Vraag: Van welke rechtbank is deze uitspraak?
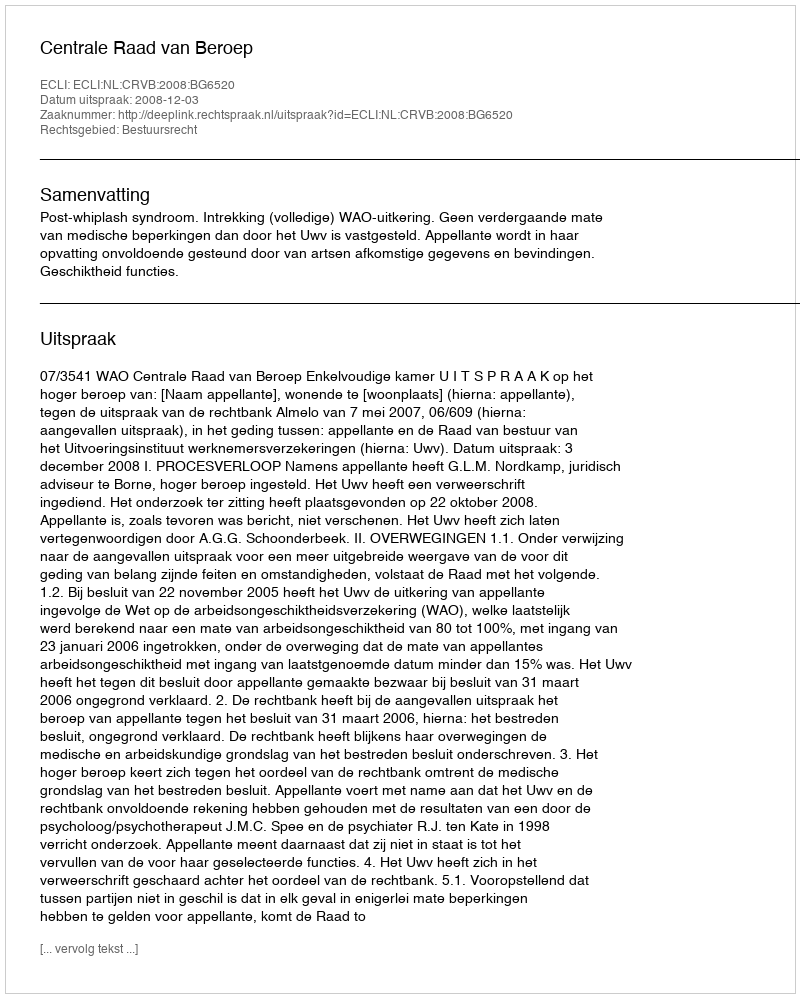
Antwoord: Centrale Raad van Beroep